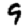
Digit: 9